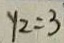
y _ { 2 } = 3